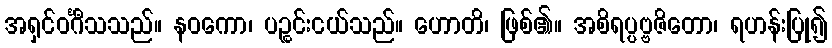
အရှင်ဝင်္ဂီသသည်။ နဝကော၊ ပဉ္စင်းငယ်သည်။ ဟောတိ၊ ဖြစ်၏။ အစိရပ္ပဗ္ဗဇိတော၊ ရဟန်းပြု၍